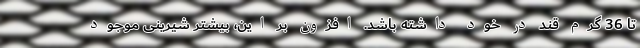
تا 36 گرم قند در خود داشته باشد. افزون بر این، بیشتر شیرینی موجود